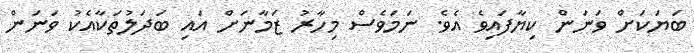
ބަޔަކަށް ވަނަން ކިޔާފައިވެ އެވެ. ނަމަވެސް މިހާރު ޒަމާނަށް އައި ބަދަލުތަކާއެކު ވަނަން